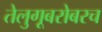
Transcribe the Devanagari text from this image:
तेलुगूबरोबरच